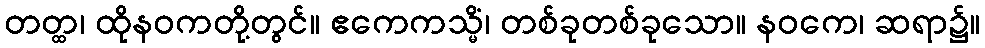
တတ္ထ၊ ထိုနဝကတို့တွင်။ ဧကေကသ္မိံ၊ တစ်ခုတစ်ခုသော။ နဝကေ၊ ဆရာ၌။